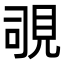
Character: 覗